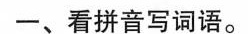
一、看拼音写词语。